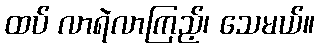
ထပ် လာရဲလာကြည့်၊ သေမယ်။